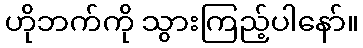
ဟိုဘက်ကို သွားကြည့်ပါနော်။